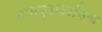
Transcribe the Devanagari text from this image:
साम्प्रादायिक